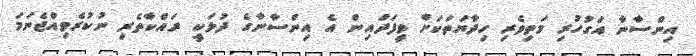
އިންސާނާ އަގުހުރި މަތިވެރި ހިދާޔަތަކަށް ވީފަދައިން އެ އިންސާނާގެ ދުލަކީ ރައްކާތެރި ނުކުރެވިއްޖެނަމަ